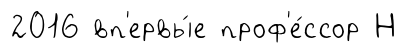
2016 вп'ервы́е проф'е́ссор Н